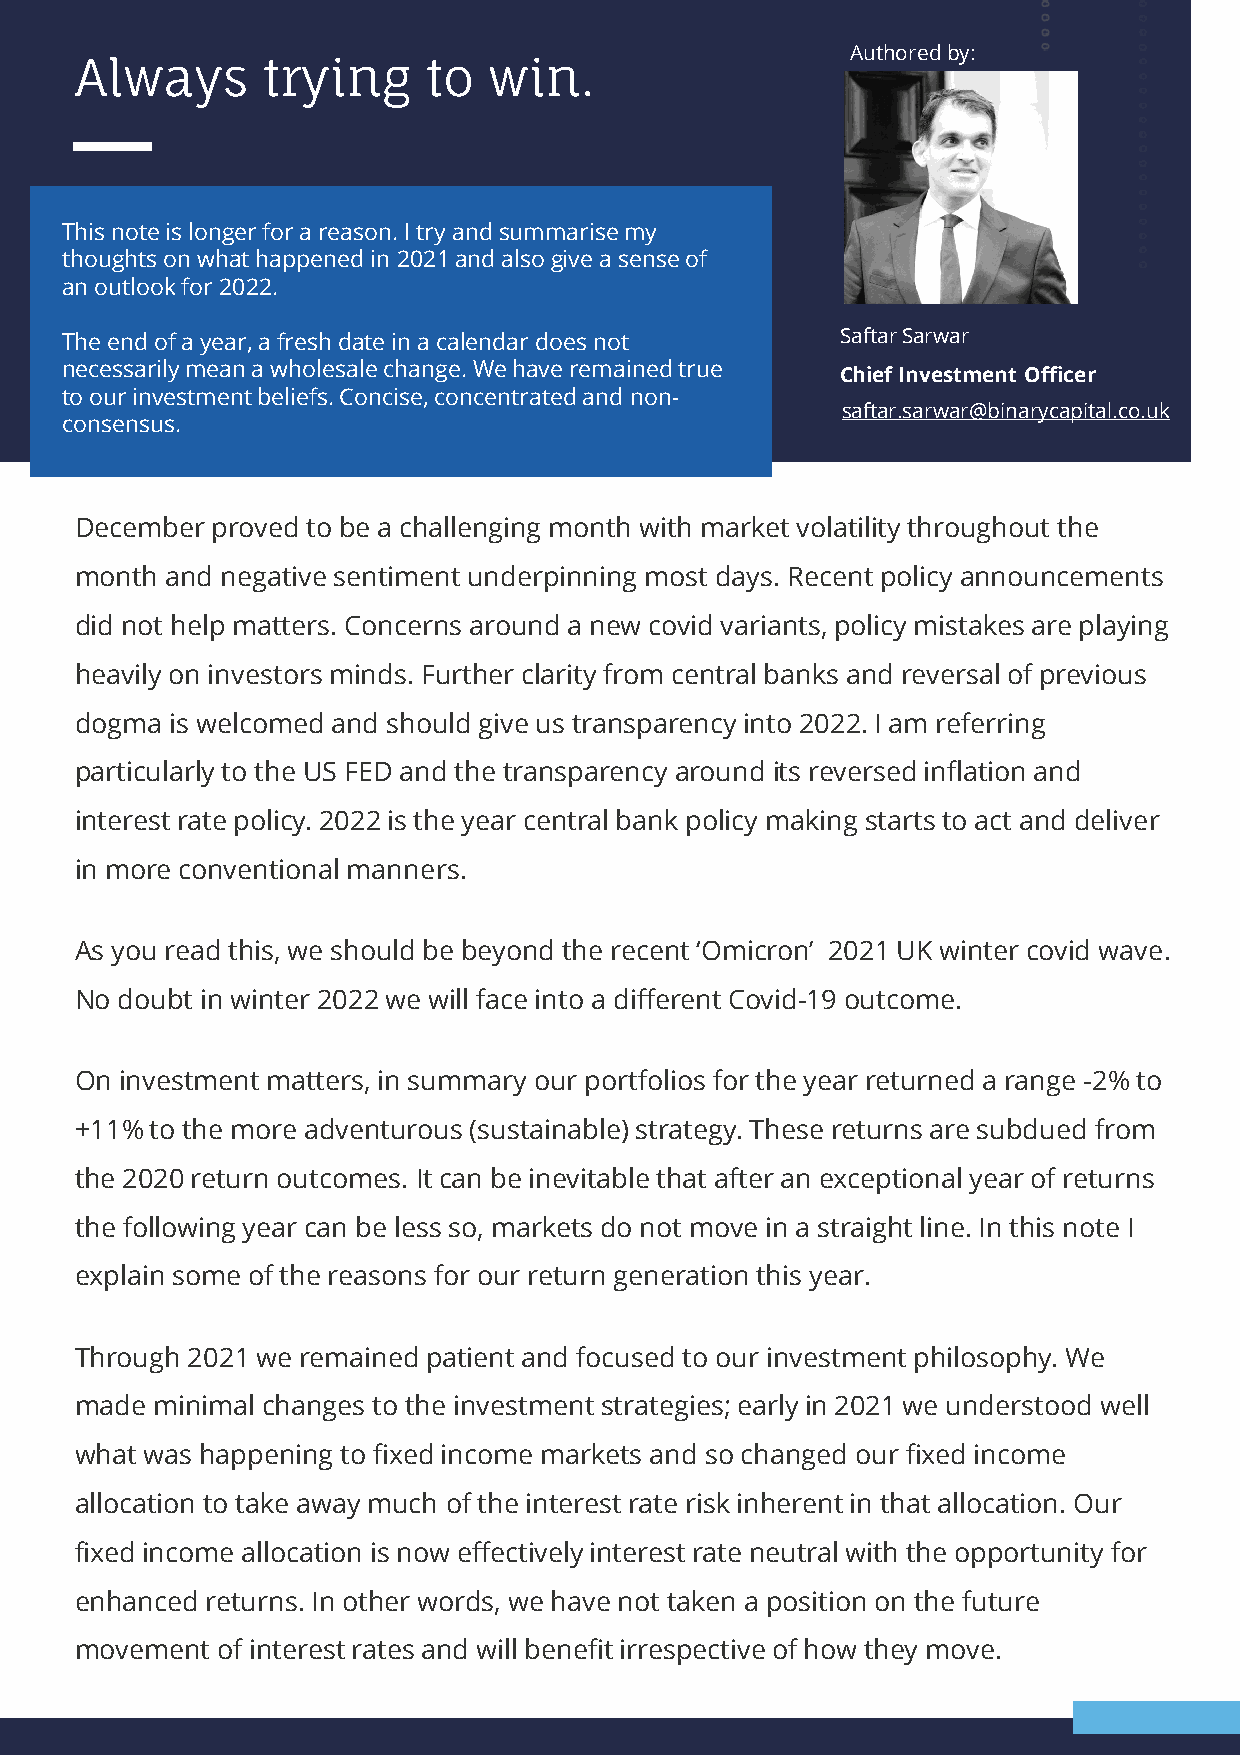
Authoredby:
 Always      trying     to  win.
 This note is longer for a reason. I try and summarisemy
 thoughts on what happened in 2021 and alsogive a sense of
 an outlook for 2022.
 The end of a year, a fresh date in a calendar does not SaftarSarwar
 necessarily mean a wholesale change. We have remained true
 Chief Investment Officer
 to our investment beliefs. Concise, concentrated and non-
 saftar.sarwar@binarycapital.co.uk
 consensus.
 December proved to be a challenging month with market volatility throughout the
 month and negative sentiment underpinning most days. Recent policy announcements
 did not help matters. Concerns around a new covid variants, policy mistakes are playing
 heavily on investors minds. Further clarity from central banks and reversal of previous
 dogma is welcomed and should give us transparency into 2022. I am referring
 particularly to the US FED and the transparency around its reversed inflation and
 interest rate policy. 2022 is the year central bank policy making starts to act and deliver
 in more conventional manners.
 As you read this, we should be beyond the recent ‘Omicron’ 2021 UK winter covid wave.
 No doubt in winter 2022 we will face into a different Covid-19 outcome.
 On investment matters, in summary our portfolios for the year returned a range -2% to
 +11% to the more adventurous (sustainable) strategy. These returns are subdued from
 the 2020 return outcomes. It can be inevitable that after an exceptional year of returns
 the following year can be less so, markets do not move in a straight line. In this note I
 explain some of the reasons for our return generation this year.
 Through 2021 we remained patient and focused to our investment philosophy. We
 made minimal changes to the investment strategies;early in 2021 we understood well
 what was happening to fixed income markets and so changed our fixed income
 allocation to take away much of the interest rate risk inherent in that allocation. Our
 fixed income allocation is now effectively interest rate neutral with the opportunity for
 enhanced returns. In other words, we have not taken a position on the future
 movement of interest rates and will benefit irrespective of how they move.